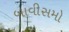
બાવીસમો